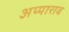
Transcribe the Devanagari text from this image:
अप्पाराव